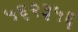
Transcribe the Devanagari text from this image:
५६२३५६